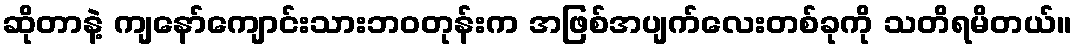
ဆိုတာနဲ့ ကျနော်ကျောင်းသားဘဝတုန်းက အဖြစ်အပျက်လေးတစ်ခုကို သတိရမိတယ်။